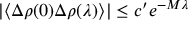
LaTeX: | \langle \Delta \rho ( 0 ) \Delta \rho ( \lambda ) \rangle | \leq c ^ { \prime } e ^ { - M \lambda }